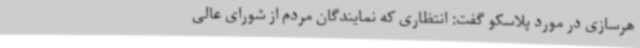
هرسازی در مورد پلاسکو گفت: انتظاری که نمایندگان مردم از شورای عالی